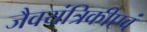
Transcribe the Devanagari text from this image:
जैवयंत्रिकीएवं